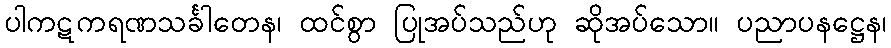
ပါကဋကရဏသင်္ခါတေန၊ ထင်စွာ ပြုအပ်သည်ဟု ဆိုအပ်သော။ ပညာပနဋ္ဌေန၊